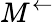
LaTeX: M^{\leftarrow}